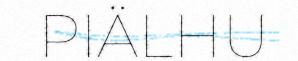
PIÄLHU